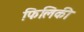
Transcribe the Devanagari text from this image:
फिलिकी